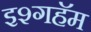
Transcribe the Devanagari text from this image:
इश्गहॅम